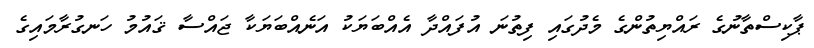
ޕާކިސްތާނުގެ ރައްޔިތުންގެ މެދުގައި ފިތުނަ އުފައްދާ އެއްބަޔަކު އަނެއްބަޔަކާ ޖައްސާ ޤައުމު ހަނގުރާމައިގެ